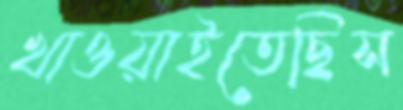
খাওয়াইতেছিস